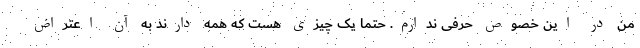
من در این خصوص حرفی ندارم. حتماً یک چیزی هست که همه دارند به آن اعتراض